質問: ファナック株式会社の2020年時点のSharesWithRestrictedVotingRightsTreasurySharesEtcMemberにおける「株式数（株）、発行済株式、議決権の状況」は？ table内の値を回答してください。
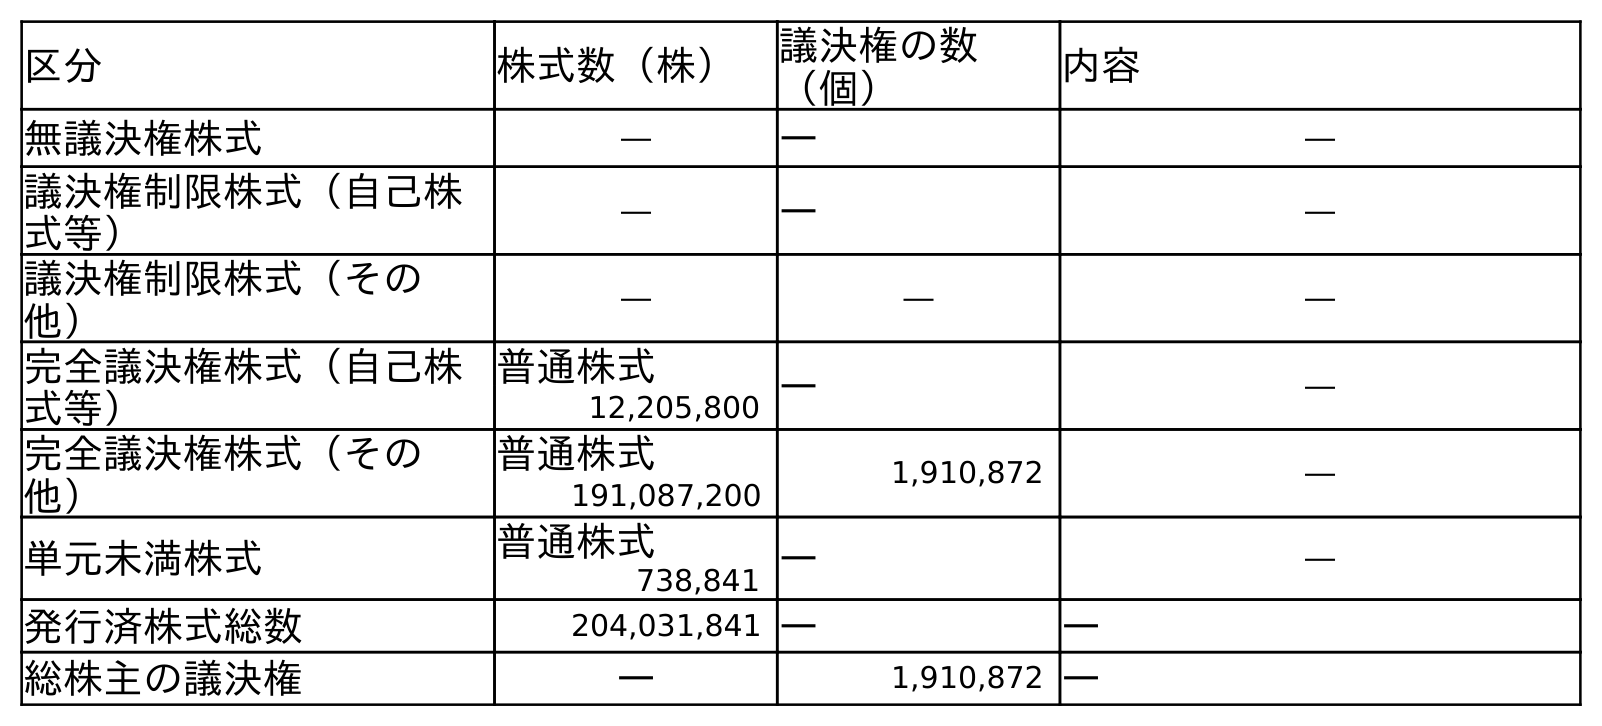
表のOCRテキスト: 区分 株式数（株） 議決権の数 （個） 内容 無議決権株式 ― ― ― 議決権制限株式（自己株 式等） ― ― ― 議決権制限株式（その 他） ― ― ― 完全議決権株式（自己株 式等） 普通株式 ― ― 12,205,800 完全議決権株式（その 他） 普通株式 1,910,872 ― 191,087,200 単元未満株式 普通株式 ― ― 738,841 発行済株式総数 204,031,841 ― ― 総株主の議決権 ― 1,910,872 ―
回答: ―